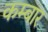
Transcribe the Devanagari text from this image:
कम्बार